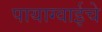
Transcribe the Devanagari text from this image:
पायाग्वाईचे